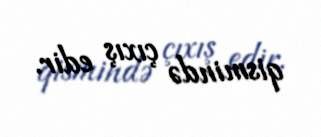
qismində çıxış edir.